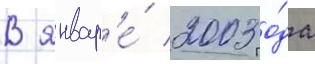
В январ'е́ 2003 го́да